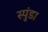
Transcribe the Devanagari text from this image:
स्पुंडा